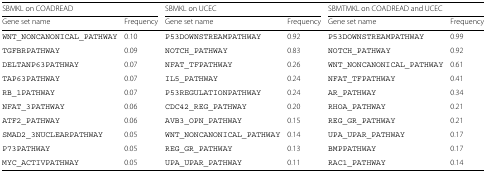
| <COLSPAN=2> SBMKL on COADREAD | <COLSPAN=2> SBMKL on UCEC | <COLSPAN=2> SBMTMKL on COADREAD and UCEC |
 | Gene set name | Frequency | Gene set name | Frequency | Gene set name | Frequency |
 | --- | --- | --- | --- | --- | --- |
 | WNT_NONCANONICAL_PATHWAY | 0.10 | P53DOWNSTREAMPATHWAY | 0.92 | P53DOWNSTREAMPATHWAY | 0.99 |
 | TGFBRPATHWAY | 0.09 | NOTCH_PATHWAY | 0.83 | NOTCH_PATHWAY | 0.92 |
 | DELTANP63PATHWAY | 0.07 | NFAT_TFPATHWAY | 0.26 | WNT_NONCANONICAL_PATHWAY | 0.61 |
 | TAP63PATHWAY | 0.07 | IL5_PATHWAY | 0.24 | NFAT_TFPATHWAY | 0.41 |
 | RB_1PATHWAY | 0.07 | P53REGULATIONPATHWAY | 0.24 | AR_PATHWAY | 0.34 |
 | NFAT_3PATHWAY | 0.06 | CDC42_REG_PATHWAY | 0.20 | RHOA_PATHWAY | 0.21 |
 | ATF2_PATHWAY | 0.06 | AVB3_OPN_PATHWAY | 0.15 | REG_GR_PATHWAY | 0.21 |
 | SMAD2_3NUCLEARPATHWAY | 0.05 | WNT_NONCANONICAL_PATHWAY | 0.14 | UPA_UPAR_PATHWAY | 0.17 |
 | P73PATHWAY | 0.05 | REG_GR_PATHWAY | 0.13 | BMPPATHWAY | 0.17 |
 | MYC_ACTIVPATHWAY | 0.05 | UPA_UPAR_PATHWAY | 0.11 | RAC1_PATHWAY | 0.14 |